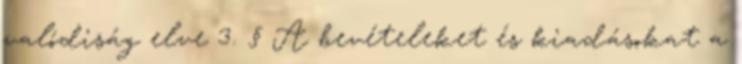
valódiság elve 3. § A bevételeket és kiadásokat a